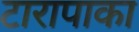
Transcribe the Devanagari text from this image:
टारापाका